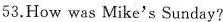
53.How was Mike's Sunday? `